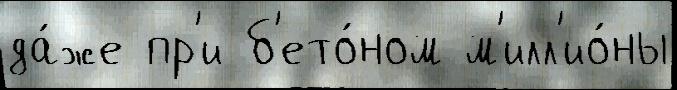
да́же пр'и б'ето́ном м'илл'ио́ны